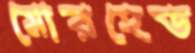
মোরহেড